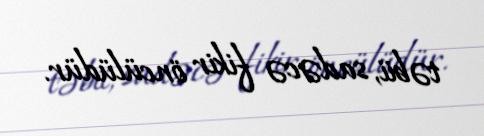
təbii, sadəcə fikir öncülüdür.